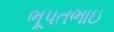
ભૂપતભાઇ